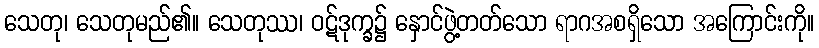
သေတု၊ သေတုမည်၏။ သေတုဿ၊ ဝဋ်ဒုက္ခ၌ နှောင်ဖွဲ့တတ်သော ရာဂအစရှိသော အကြောင်းကို။